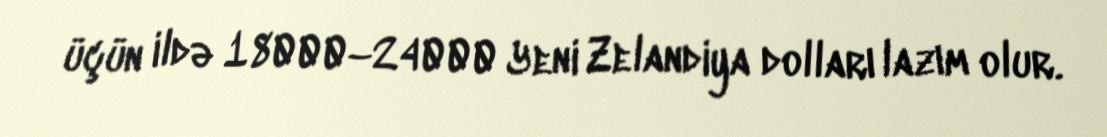
üçün ildə 18000–24000 Yeni Zelandiya dolları lazım olur.